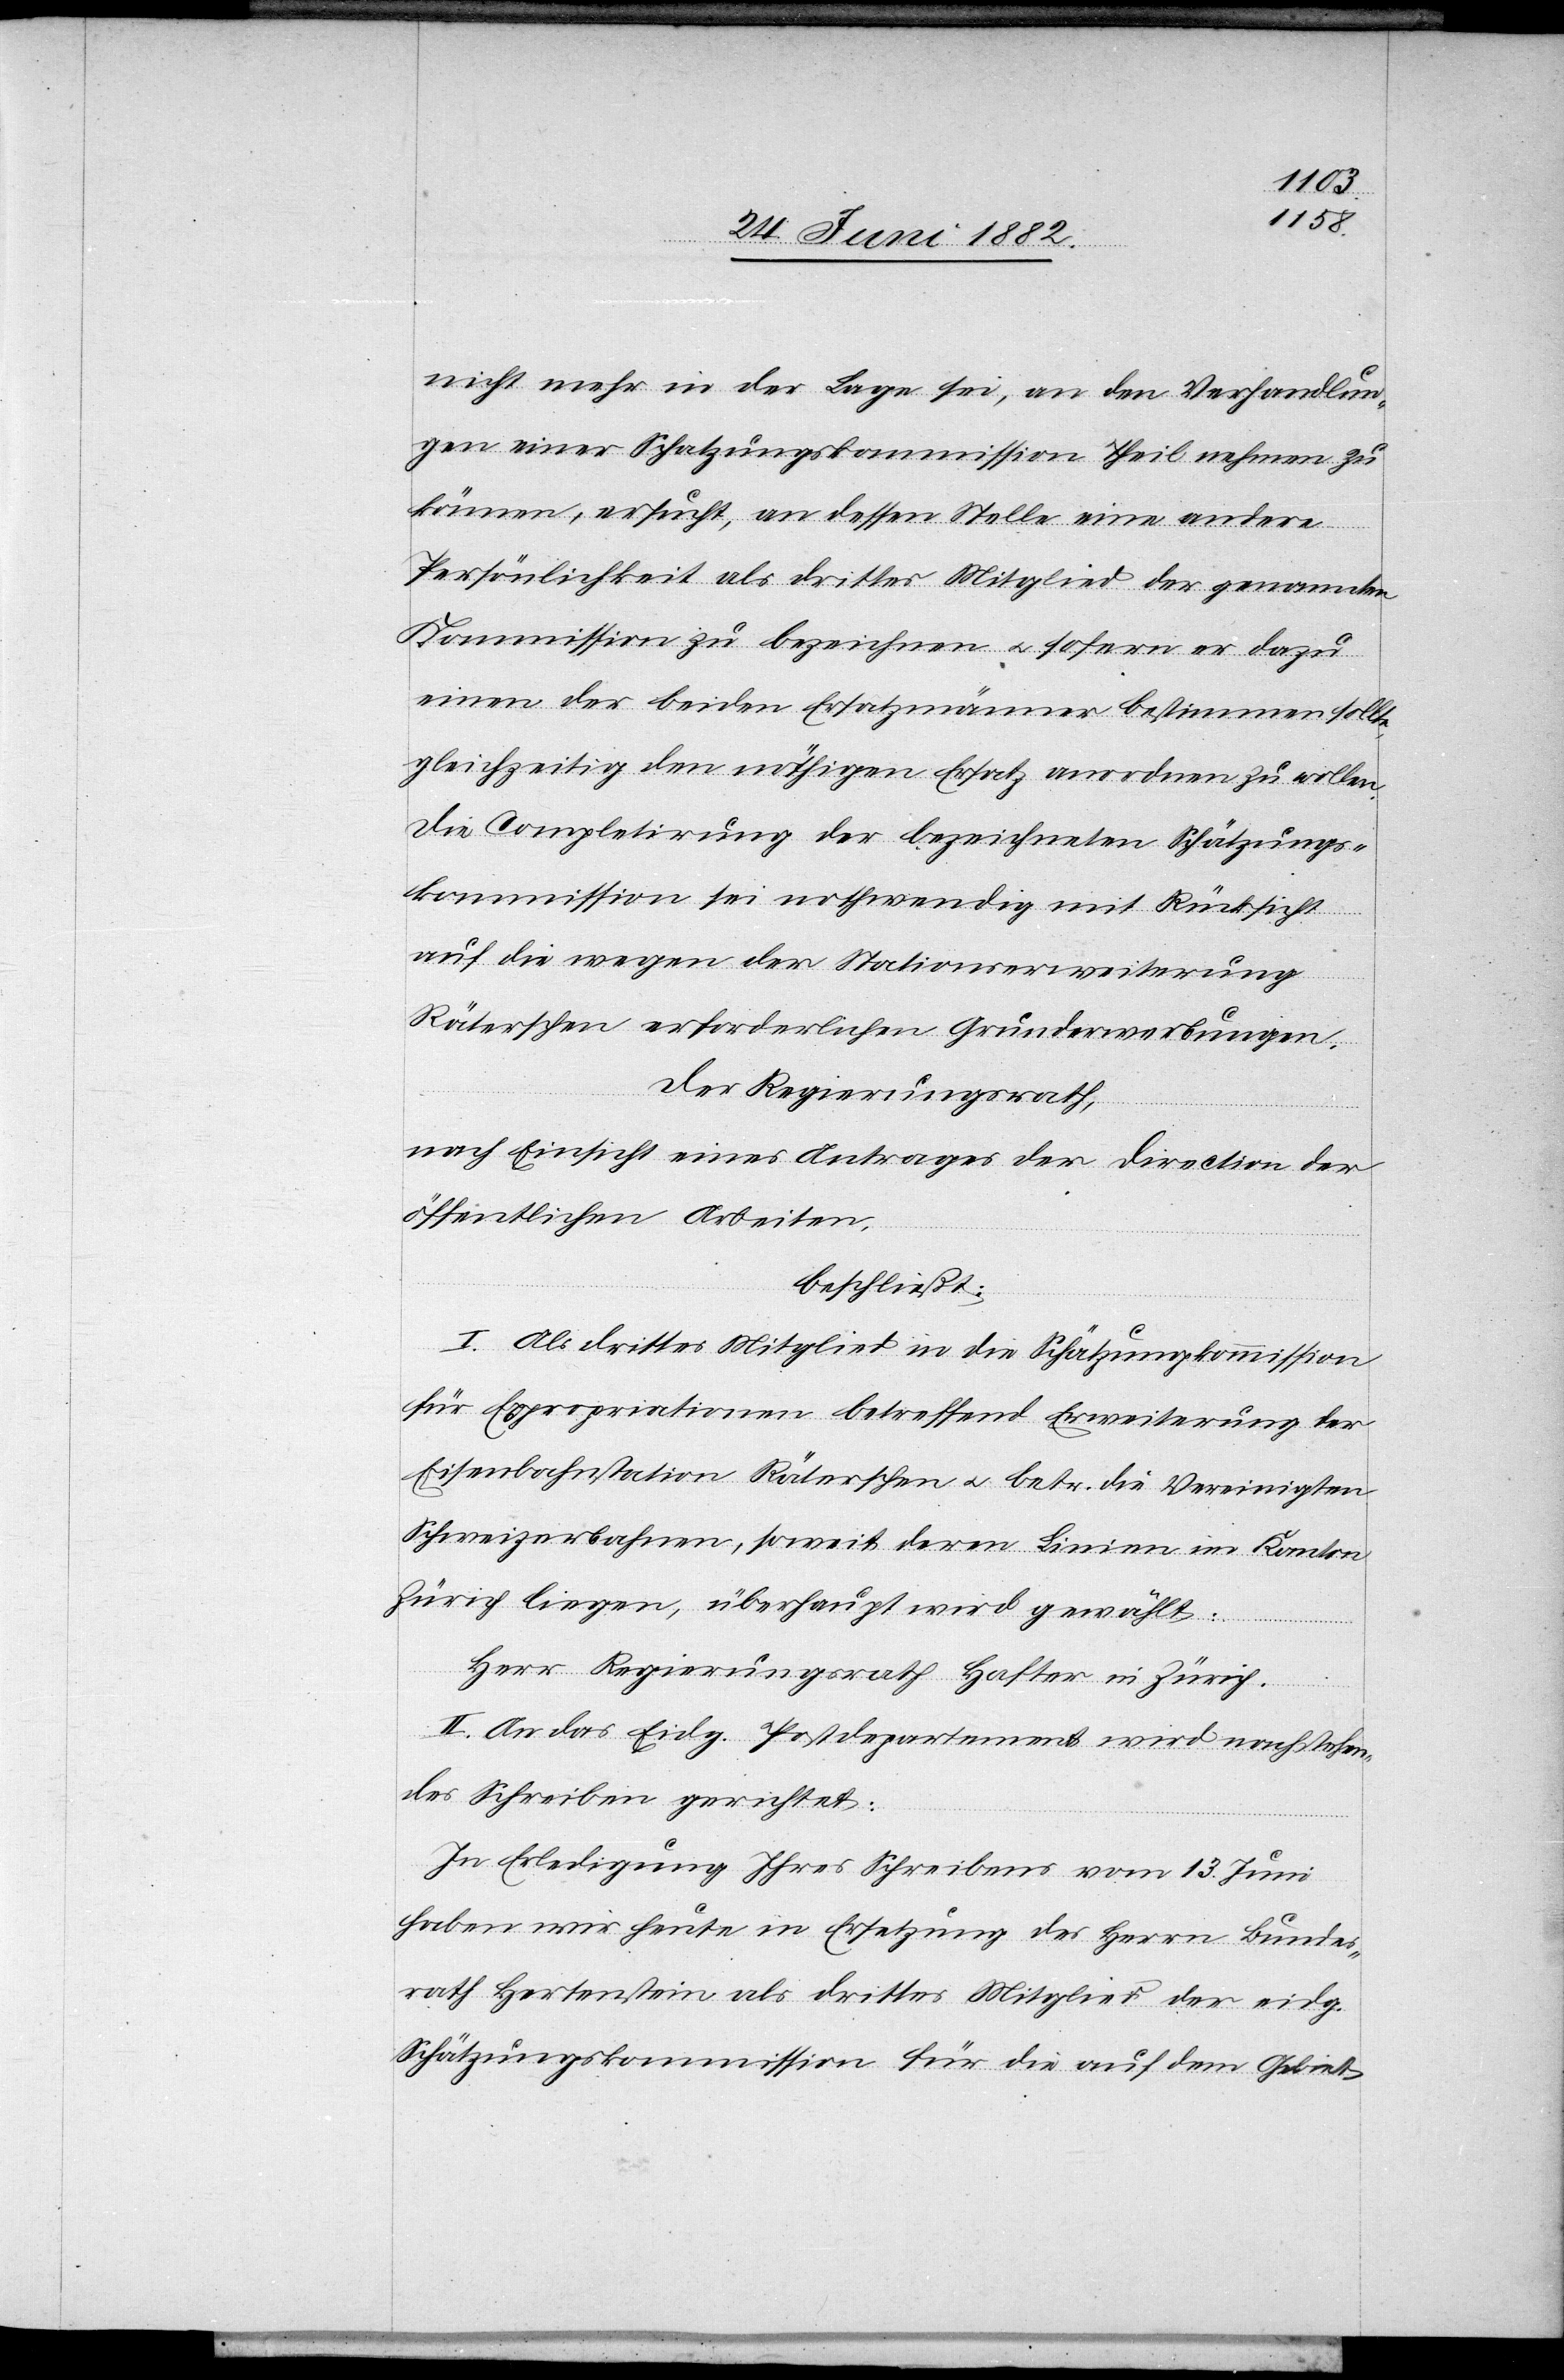
nicht mehr in der Lage sei, an den Verhandlun¬
gen einer Schätzungskommission Theil nehmen zu
können, ersucht, an dessen Stelle eine andere
Persönlichkeit als drittes Mitglied der genannten
Kommission zu bezeichnen u. sofern er dazu
einen der beiden Ersatzmänner bestimmten sollte,
gleichzeitig den nöthigen Ersatz anordnen zu wollen.
Die Completirung der bezeichneten Schätzungs¬
kommission sei nothwendig mit Rücksicht
auf die wegen der Stationserweiterung
Räterschen erforderlichen Grunderwerbungen.
Der Regierungsrath,
nach Einsicht eines Antrages der Direction der
öffentlichen Arbeiten,
beschließt:
I. Als drittes Mitglied in die Schätzungskommission
für Expropriation betreffend Erweiterung der
Eisenbahnstation Räterschen u. betr. die Vereinigten
Schweizerbahnen, soweit deren Linien im Kanton
Zürich liegen, überhaupt wird gewählt:
Herr Regierungsrath Hafter in Zürich.
II. An das Eidg. Postdepartement wird nachstehen¬
des Schreiben gerichtet:
„In Erledigung Ihres Schreibens vom 13. Juni
haben wir heute in Ersetzung des Herrn Bundes¬
rath Hertenstein als drittes Mitglied der eidg.
Schätzungskommission für die auf dem Gebiet